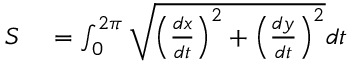
\begin{array} { r l } { S } & { { } = \int _ { 0 } ^ { 2 \pi } { \sqrt { \left( { \frac { d x } { d t } } \right) ^ { 2 } + \left( { \frac { d y } { d t } } \right) ^ { 2 } } } d t } \end{array}